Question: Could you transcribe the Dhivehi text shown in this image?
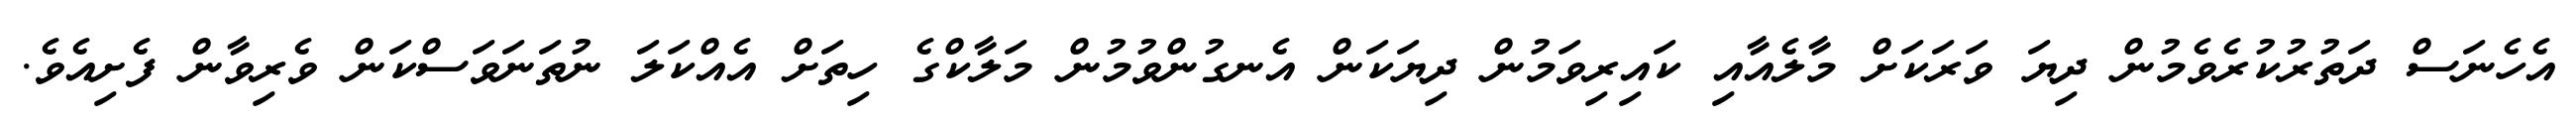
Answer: އެހެނަސް ދަތުރުކުރެވެމުން ދިޔަ ވަރަކަށް މާލެއާއި ކައިރިވަމުން ދިޔަކަން އެނގުންވުމުން މަލާކްގެ ހިތަށް އެއްކަލަ ނުތަނަވަސްކަން ވެރިވާން ފެށިއެވެ.